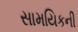
સામયિકની